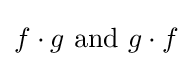
f\cdot g{\mbox{ and }}g\cdot f